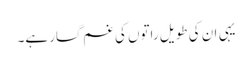
یہی ان کی طویل راتوں کی غم گسار ہے۔